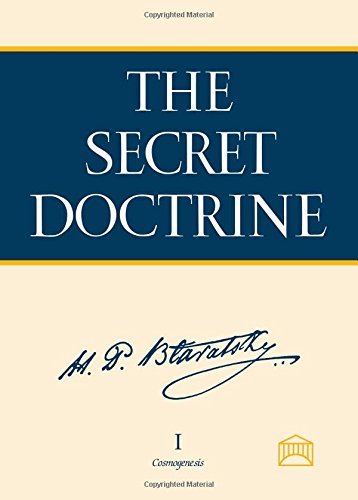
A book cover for The Secret Doctrine: The Synthesis of Science, Religion, and Philosophy; Helena Petrovna Blavatsky; Politics & Social Sciences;